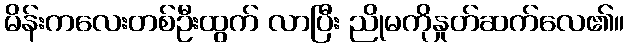
မိန်းကလေးတစ်ဦးထွက် လာပြီး ညိုမကိုနှုတ်ဆက်လေ၏။